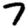
Digit: 7